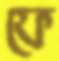
ফে